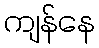
ကျန်နေ